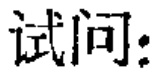
试问：